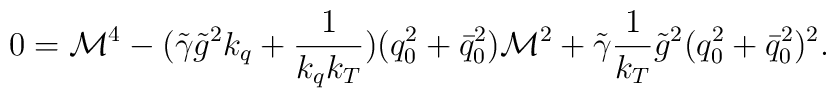
0 = {\cal M}^4 - ( \tilde{\gamma} \tilde g^2 k_q + \frac1{k_q k_T} )                 ( q_0^2 + \bar{q}_0^2 ) {\cal M}^2         + \tilde{\gamma} \frac1{k_T} \tilde g^2 (q_0^2 + \bar{q}_0^2)^2.